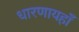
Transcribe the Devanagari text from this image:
धारणायहाँ